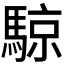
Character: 𬳮